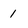
Character: 1